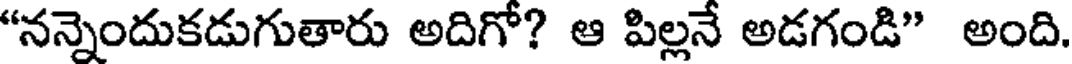
"నన్నెందుకడుగుతారు అదిగో? ఆ పిల్లనే అడగండి" అంది